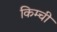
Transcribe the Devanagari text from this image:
किम्ची